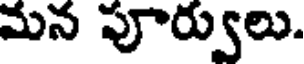
మన పూర్వులు.